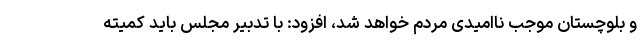
و بلوچستان موجب ناامیدی مردم خواهد شد، افزود: با تدبیر مجلس باید کمیته